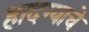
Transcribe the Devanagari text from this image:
हादग्याचे